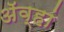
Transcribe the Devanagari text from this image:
अॅव्हां